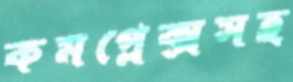
কমপ্লেক্সসহ